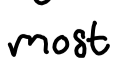
Text: most
Cross-out: clean
Writing tool: digital_black